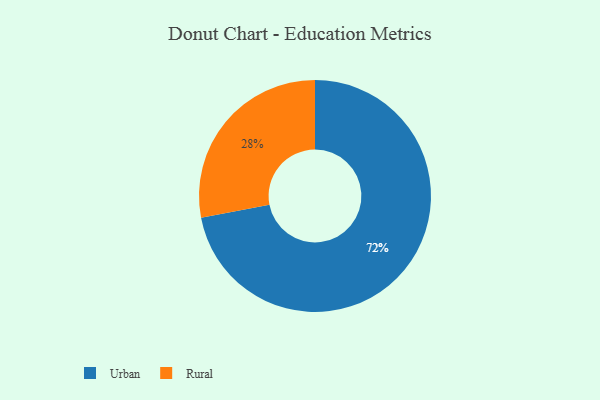
{"axis": {"x": "Category", "y": "Percentage"}, "legend": ["Rural", "Urban"], "data": [{"x": "Rural", "y": 28, "type": "Rural"}, {"x": "Urban", "y": 72, "type": "Urban"}]}